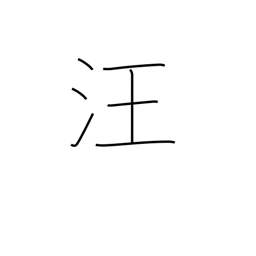
Meaning: expanse of water